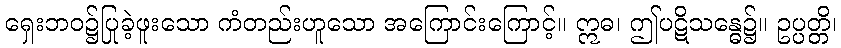
ရှေးဘဝ၌ပြုခဲ့ဖူးသော ကံတည်းဟူသော အကြောင်းကြောင့်။ ဣဓ၊ ဤပဋိသန္ဓေ၌။ ဥပ္ပတ္တိ၊